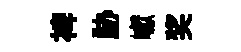
裨胁巘奖